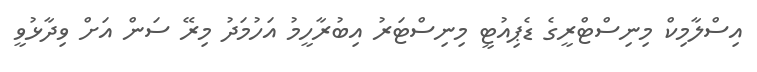
އިސްލާމިކް މިނިސްޓްރީގެ ޑެޕިއުޓީ މިނިސްޓަރު އިބުރާހީމު އަހުމަދު މިރޭ ސަން އަށް ވިދާޅުވީ